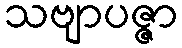
သဗျာပဇ္ဇာ